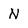
Character: N